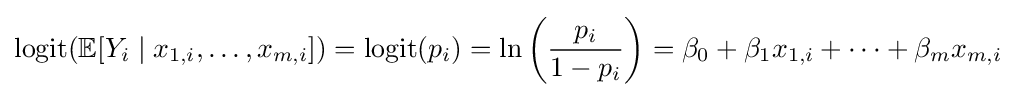
\operatorname {logit} (\operatorname {\mathbb {E} } [Y_{i}\mid x_{1,i},\ldots ,x_{m,i}])=\operatorname {logit} (p_{i})=\ln \left({\frac {p_{i}}{1-p_{i}}}\right)=\beta _{0}+\beta _{1}x_{1,i}+\cdots +\beta _{m}x_{m,i}